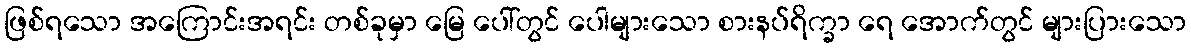
ဖြစ်ရသော အကြောင်းအရင်း တစ်ခုမှာ မြေ ပေါ်တွင် ပေါများသော စားနပ်ရိက္ခာ ရေ အောက်တွင် များပြားသော